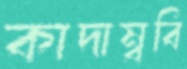
কাদাম্ববি